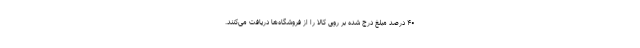
۴۰ درصد مبلغ درج شده بر روی کالا را از فروشگاه‌ها دریافت می‌کنند.